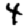
Digit: 4